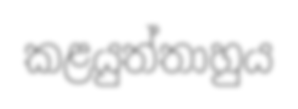
කළයුත්තාහුය